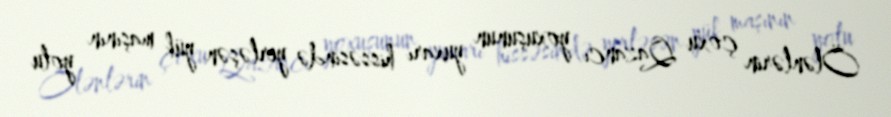
Ölənlərin çoxu Qazancı yoxuşunun yuxarı hissəsində yerləşən yük maşının yolu